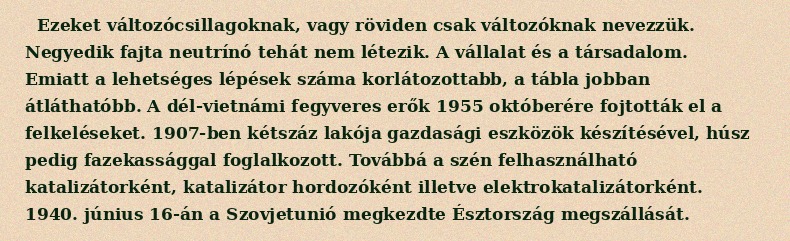
Ezeket változócsillagoknak, vagy röviden csak változóknak nevezzük. Negyedik fajta neutrínó tehát nem létezik. A vállalat és a társadalom. Emiatt a lehetséges lépések száma korlátozottabb, a tábla jobban átláthatóbb. A dél-vietnámi fegyveres erők 1955 októberére fojtották el a felkeléseket. 1907-ben kétszáz lakója gazdasági eszközök készítésével, húsz pedig fazekassággal foglalkozott. Továbbá a szén felhasználható katalizátorként, katalizátor hordozóként illetve elektrokatalizátorként. 1940. június 16-án a Szovjetunió megkezdte Észtország megszállását.